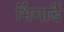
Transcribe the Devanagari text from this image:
भिंगार्डे